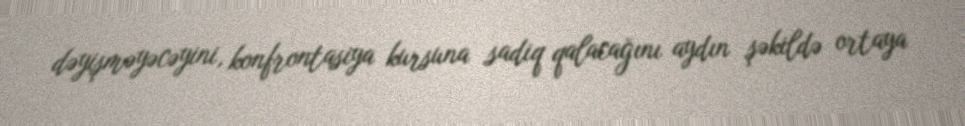
dəyişməyəcəyini, konfrontasiya kursuna sadiq qalacağını aydın şəkildə ortaya